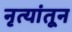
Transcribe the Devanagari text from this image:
नृत्यांतून